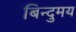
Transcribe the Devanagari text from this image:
बिन्दुमय